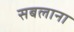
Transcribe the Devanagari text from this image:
सबलाना